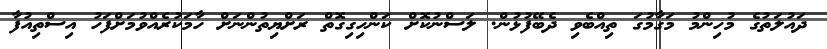
ދައުލަތުގެ މުހިންމު މަގާމުގަ ތިއްބެވި ދެބޭފުޅުން. ލަސްނުކޮށް ކަންހިގިގޮތް ރަށްޔިތުންނަށް ހާމަކުރެއްވުމަށްފަހު އިސްތިއުފާ